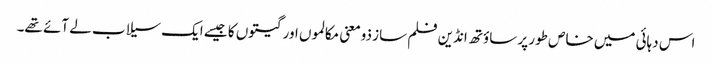
اس دہائی میں خاص طور پر ساؤتھ انڈین فلم ساز ذومعنی مکالموں اور گیتوں کا جیسے ایک سیلاب لے آئے تھے۔